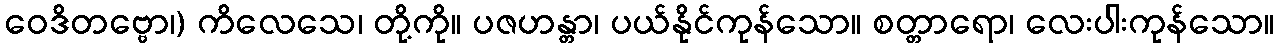
ဝေဒိတဗ္ဗော၊) ကိလေသေ၊ တို့ကို။ ပဇဟန္တာ၊ ပယ်နိုင်ကုန်သော။ စတ္တာရော၊ လေးပါးကုန်သော။